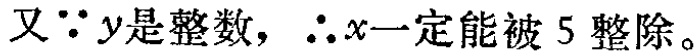
又\(\because y\)是整数，\(\therefore x\)一定能被 \(5\) 整除。